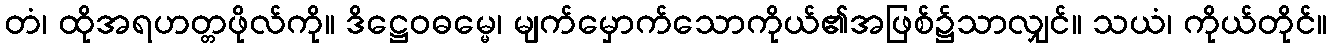
တံ၊ ထိုအရဟတ္တဖိုလ်ကို။ ဒိဋ္ဌေဝဓမ္မေ၊ မျက်မှောက်သောကိုယ်၏အဖြစ်၌သာလျှင်။ သယံ၊ ကိုယ်တိုင်။